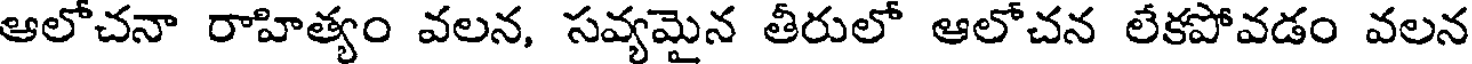
ఆలోచనా రాహిత్యం వలన, సవ్యమైన తీరులో ఆలోచన లేకపోవడం వలన